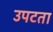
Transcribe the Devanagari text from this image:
उपटता